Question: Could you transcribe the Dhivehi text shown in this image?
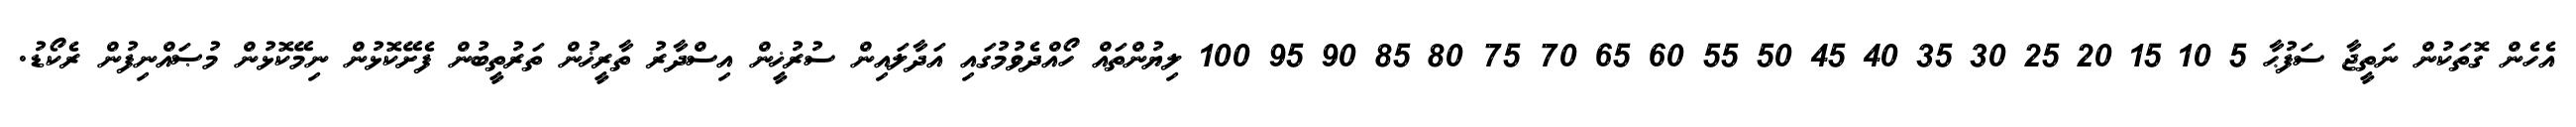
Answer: އެހެން ގޮތަކުން ނަތީޖާ ސަފުޙާ 5 10 15 20 25 30 35 40 45 50 55 60 65 70 75 80 85 90 95 100 ލިޔުންތައް ހޯއްދެވުމުގައި އަދާލައިން ސުރުޚީން އިސްދާރު ތާރީޚުން ތަރުތީބުން ފެށޭކޮޅުން ނިމޭކޮޅުން މުޞައްނިފުން ރެކޯޑު.